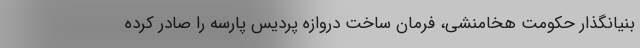
بنیانگذار حکومت هخامنشی، فرمان ساخت دروازه پردیس پارسه را صادر کرده